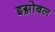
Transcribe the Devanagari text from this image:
इग्नोबल